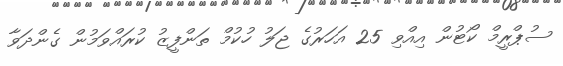
ސުޕްރީމް ކޯޓުން އިއްވި 25 އަހަރުގެ ޖަލު ހުކުމް ތަންފީޒު ކުރައްވަމުން ގެންދަވާ